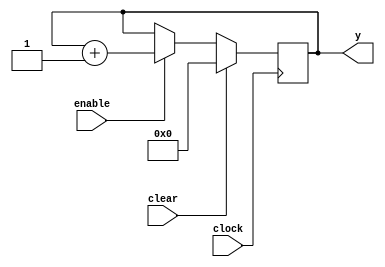
//Autorship: Ramon de Cerqueira Silva
//Description: Simple 4 bit counter with enable, reset.

module count4bits(y,clear,enable,clock);

input clock,enable,clear;
output [3:0]y;
reg [3:0]y;

always@(posedge clock)
if(clear)
begin
  y = 4'b0;
end  
else if(enable)
begin  
  y <= y + 1;
end  

endmodule